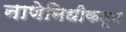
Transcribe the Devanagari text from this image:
नाणेनिधीकडून